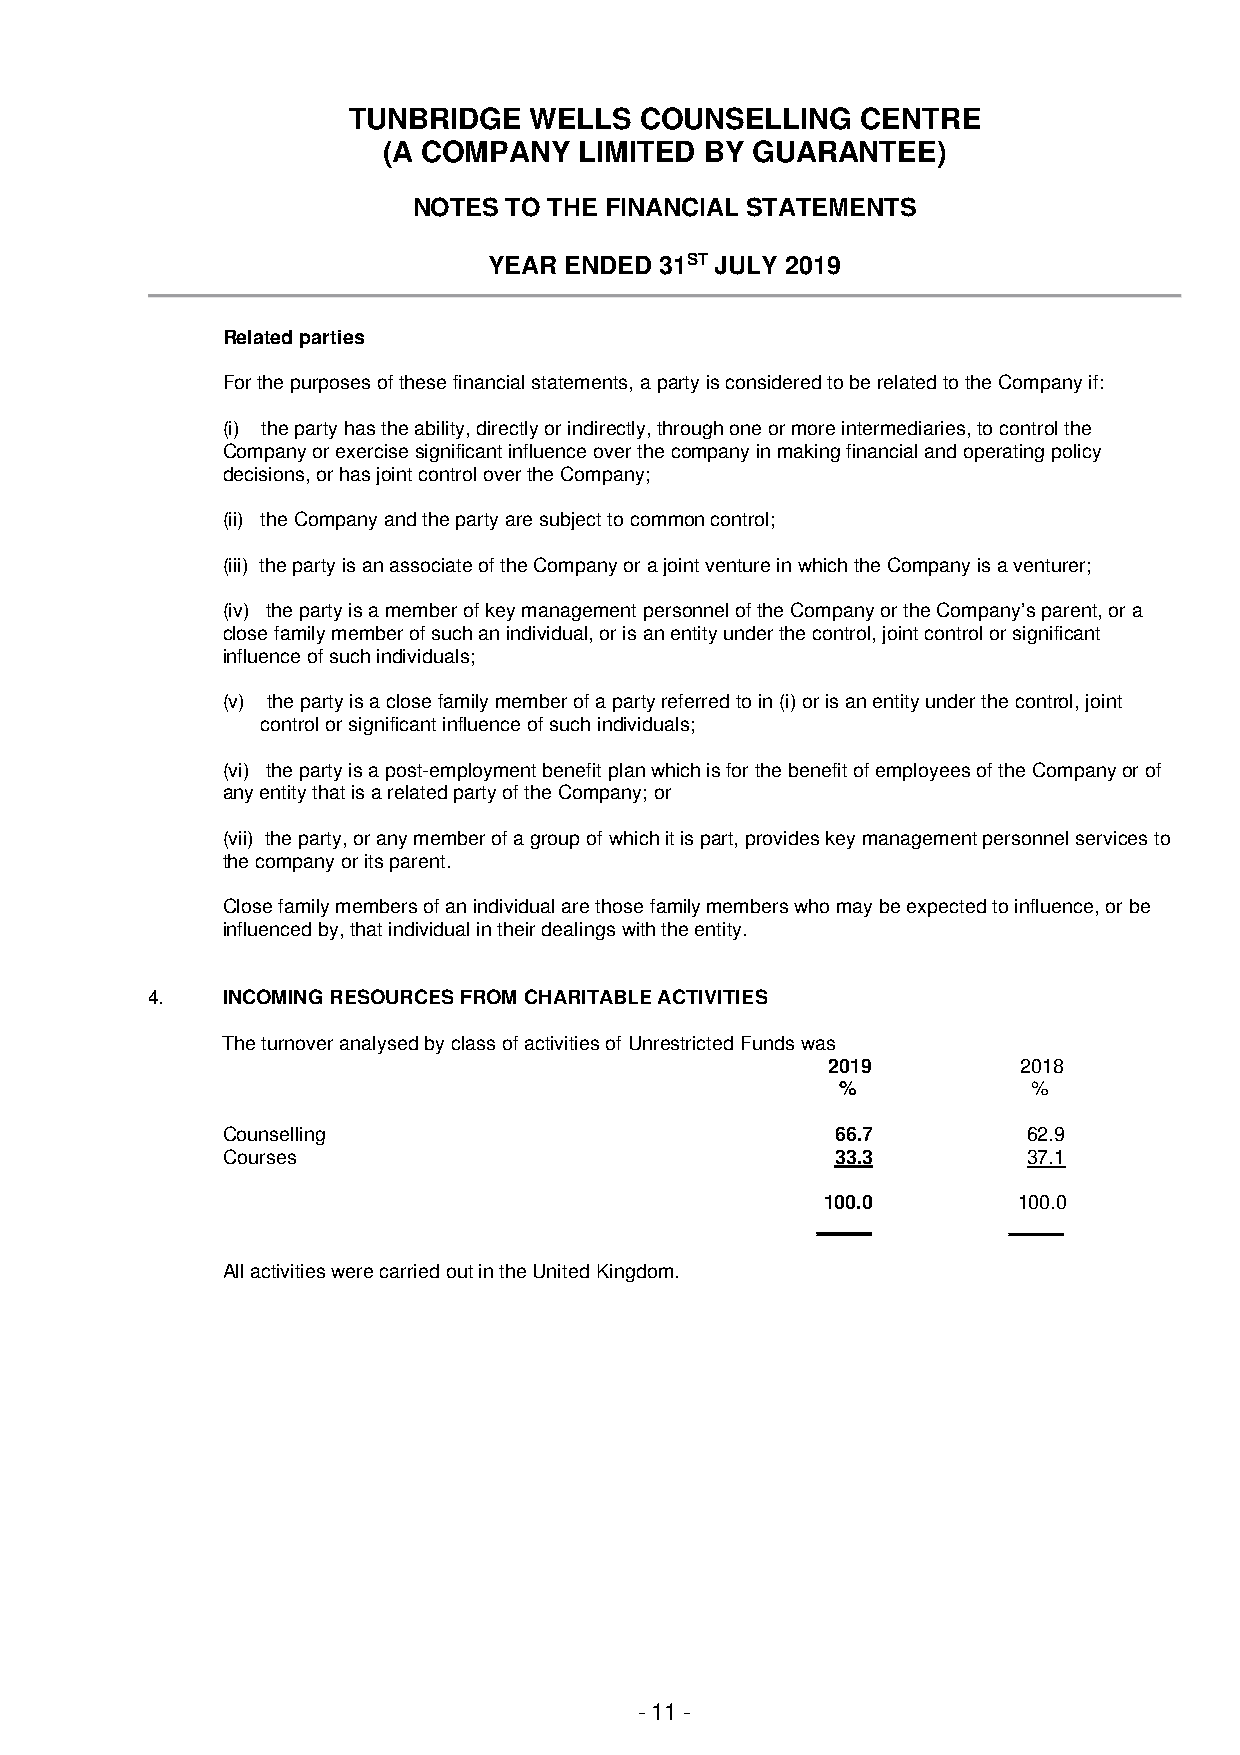
TUNBRIDGE   WELLS  COUNSELLING    CENTRE
 (A COMPANY   LIMITED  BY GUARANTEE)
 NOTES  TO THE FINANCIAL STATEMENTS
 YEAR ENDED  31ST JULY 2019
 Related parties
 For the purposes of these financial statements, a party is considered to be related to the Company if:
 (i) the party has the ability, directly or indirectly, through one or more intermediaries, to control the
 Company or exercise significant influence over the company in making financial and operating policy
 decisions, or has joint control over the Company;
 (ii) the Company and the party are subject to common control;
 (iii) the party is an associate of the Company or a joint venture in which the Company is a venturer;
 (iv) the party is a member of key management personnel of the Company or the Company’s parent, or a
 close family member of such an individual, or is an entity under the control, joint control or significant
 influence of such individuals;
 (v) the party is a close family member of a party referred to in (i) or is an entity under the control, joint
 control or significant influence of such individuals;
 (vi) the party is a post-employment benefit plan which is for the benefit of employees of the Company or of
 any entity that is a related party of the Company; or
 (vii) the party, or any member of a group of which it is part, provides key management personnel services to
 the company or its parent.
 Close family members of an individual are those family members who may be expected to influence, or be
 influenced by, that individual in their dealings with the entity.
 4.   INCOMING RESOURCES FROM CHARITABLE ACTIVITIES
 The turnover analysed by class of activities of Unrestricted Funds was
 2019        2018
 %           %
 Counselling                             66.7         62.9
 Courses                                 33.3         37.1
 100.0       100.0
 _____        _____
 All activities were carried out in the United Kingdom.
 - 11 -